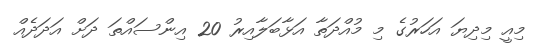
މިއީ މިދިޔަ އަހަރުގެ މި މުއްދަތާ އަޅާބަލާއިރު 20 އިންސައްތަ ދަށް އަދަދެއް